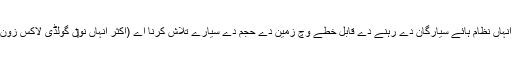
حالیہ تلاش دا مقصد انہاں نظام ہائے سیارگان دے رہنے دے قابل خطے وچ زمین دے حجم دے سیارے تلاش کرنا اے (اکثر انہاں نو‏‏ں گولڈی لاکس زون وی کہیا جاندا اے )۔